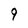
Character: 9